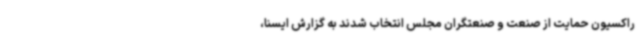
راکسیون حمایت از صنعت و صنعتگران مجلس انتخاب شدند به گزارش ایسنا،